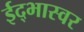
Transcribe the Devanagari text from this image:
ईद्भास्वर